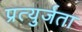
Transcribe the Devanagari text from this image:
प्रत्युर्जता